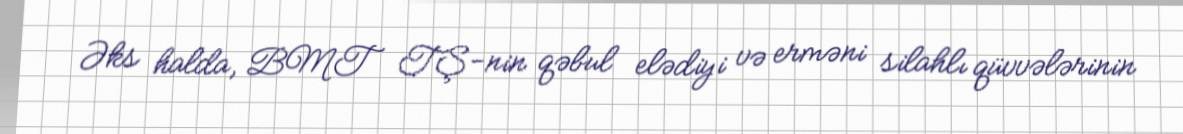
Əks halda, BMT TŞ-nin qəbul elədiyi və erməni silahlı qüvvələrinin